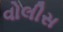
વોલીસ